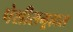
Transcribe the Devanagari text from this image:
पेशीसमूहास